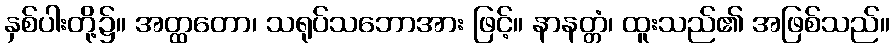
နှစ်ပါးတို့၌။ အတ္ထတော၊ သရုပ်သဘောအား ဖြင့်။ နာနတ္တံ၊ ထူးသည်၏ အဖြစ်သည်။